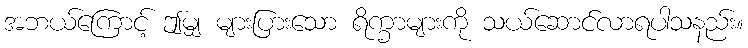
အဘယ်ကြောင့် ဤမျှ များပြားသော ရိက္ခာများကို သယ်ဆောင်လာရပါသနည်း။